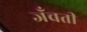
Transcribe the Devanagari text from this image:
जँचती